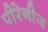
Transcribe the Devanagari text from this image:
पीरेनीज